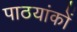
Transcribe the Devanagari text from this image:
पाठयांकों